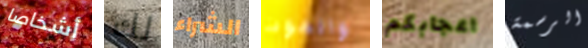
أشخاصا لك الشراء والموت اعجابكم الرسمة